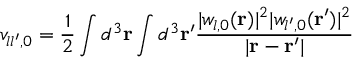
v _ { l l ^ { \prime } , 0 } = \frac { 1 } { 2 } \int d ^ { 3 } { \bf r } \int d ^ { 3 } { \bf r } ^ { \prime } \frac { | w _ { l , 0 } ( { \bf r } ) | ^ { 2 } | w _ { l ^ { \prime } , 0 } ( { \bf r } ^ { \prime } ) | ^ { 2 } } { | { \bf r } - { \bf r } ^ { \prime } | }